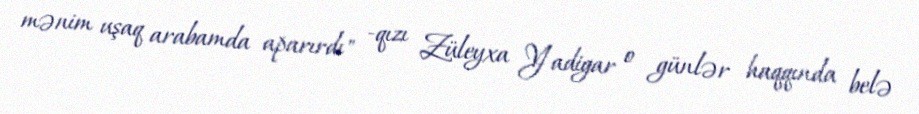
mənim uşaq arabamda aparırdı" -qızı Züleyxa Yadigar o günlər haqqında belə